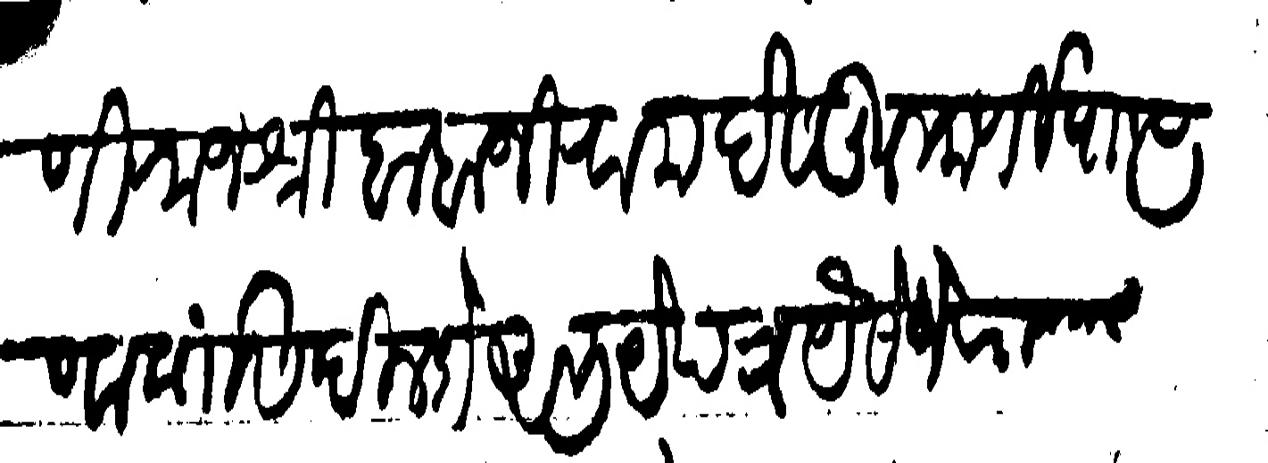
Transliteration (Devanagari): याणी राजधी बाबाजी राम देसकुलकर्णी पाा पुणा यांसी दिल्हे अभयेपत येसेजे राजश्री नि